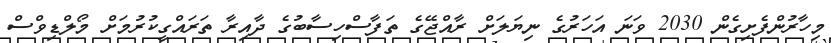
މިހާރުންފެށިގެން 2030 ވަނަ އަހަރުގެ ނިޔަލަށް ރާއްޖޭގެ ތަފާސްހިސާބުގެ ދާއިރާ ތަރައްގީކުރުމަށް މޯލްޑިވްސް